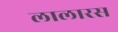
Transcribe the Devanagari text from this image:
लालारस